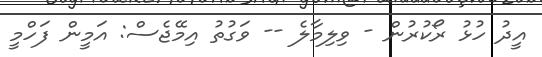
އީދު ހުޅު ރޯކުރުން - ވިލިމާލެ -- ވަގުތު އިމޭޖެސް: އަމީން ފަހްމީ